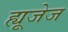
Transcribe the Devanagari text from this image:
ह्यूजेज